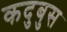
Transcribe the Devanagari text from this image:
कदुबुस